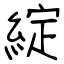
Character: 綻